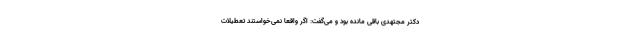
دکتر مجتهدی باقی مانده بود و می‌گفت: اگر واقعا نمی‌خواستند تعطیلات